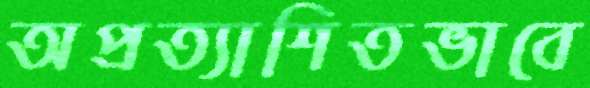
অপ্রত্যাশিতভাবে